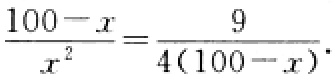
\(\frac{100 - x}{x^{2}}=\frac{9}{4(100 - x)}\)